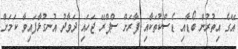
އޭގެ އިތުރުން ބޯޑާއި ޑެސްކުތަކާއި ފާރަށް ސްޕްރޭ ޖަހައި ދަވާދު އުނގުޅާފައިވާ ކަމަށް